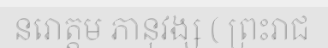
នរោត្តម ភានុវង្ស ( ព្រះរាជ